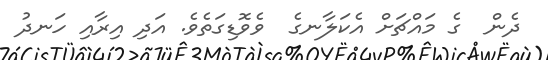
ދެން  ގެ މައްޗަށް އެކަލާނގެ  ވެވޮޑިގަތެވެ. އަދި އިރާއި ހަނދު